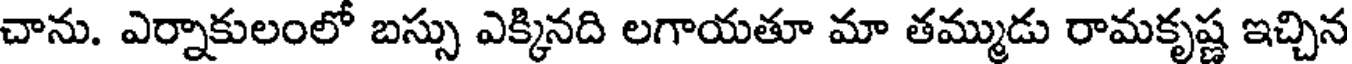
చాను. ఎర్నాకులంలో బస్సు ఎక్కినది లగాయతూ మా తమ్ముడు రామకృష్ణ ఇచ్చిన